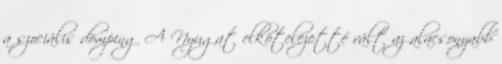
a szociális dömping A Nyugat elkötelezetté vált az alacsonyabb